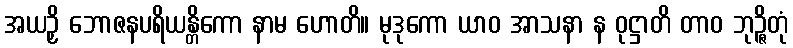
အယဉှိ ဘောဇနပရိယန္တိကော နာမ ဟောတိ။ မုဒုကော ယာဝ အာသနာ န ဝုဋ္ဌာတိ တာဝ ဘုဉ္ဇိတုံ